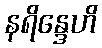
နရိန္ဒေဟိ